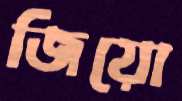
জিয়ো